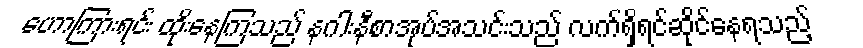
ဟောကြားရင်း ထိုးနေကြသည် နဂါးနီစာအုပ်အသင်းသည် လက်ရှိရင်ဆိုင်နေရသည့်